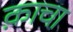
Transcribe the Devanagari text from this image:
क़ाचा